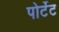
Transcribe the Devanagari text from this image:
पोर्टेट